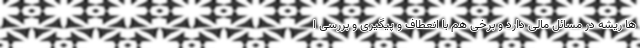
ها ریشه در مسائل مالی دارد و برخی هم با انعطاف و پیگیری و بررسی ا